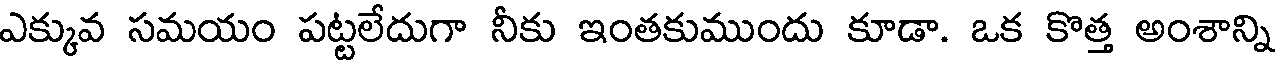
ఎక్కువ సమయం పట్టలేదుగా నీకు ఇంతకుముందు కూడా. ఒక కొత్త అంశాన్ని